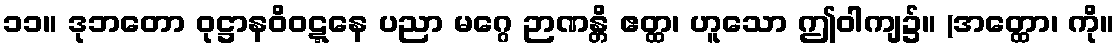
၁၁။ ဒုဘတော ဝုဋ္ဌာနဝိဝဋ္ဋနေ ပညာ မဂ္ဂေ ဉာဏန္တိ ဧတ္ထ၊ ဟူသော ဤဝါကျ၌။ (အတ္ထော၊ ကို။